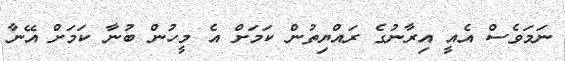
ނަމަވެސް އެއީ އިރާނުގެ ރައްޔިތުން ކަމަށް އެ މީހުން ބުނާ ކަމަށް އޭނާ